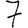
Digit: 7